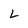
Character: L